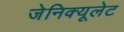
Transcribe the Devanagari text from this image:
जेनिक्यूलेट